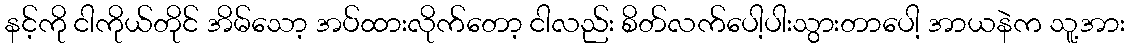
နင့်ကို ငါကိုယ်တိုင် အိမ်သော့ အပ်ထားလိုက်တော့ ငါလည်း စိတ်လက်ပေါ့ပါးသွားတာပေါ့ အာယနဲက သူ့အား